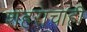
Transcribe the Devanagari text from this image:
शहराचाही